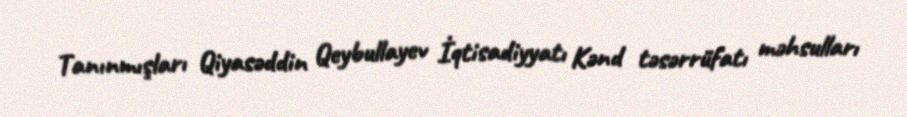
Tanınmışları Qiyasəddin Qeybullayev İqtisadiyyatı Kənd təsərrüfatı məhsulları